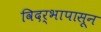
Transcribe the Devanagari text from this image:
विदर्भापासून